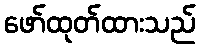
ဖော်ထုတ်ထားသည်